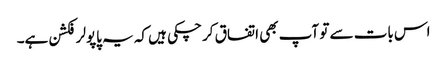
اس بات سے تو آپ بھی اتفاق کر چکی ہیں کہ یہ پاپولر فکشن ہے۔